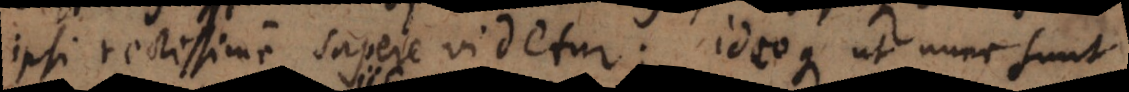
ipsi rectissime sapere videtur; ideoque ut nunc sunt